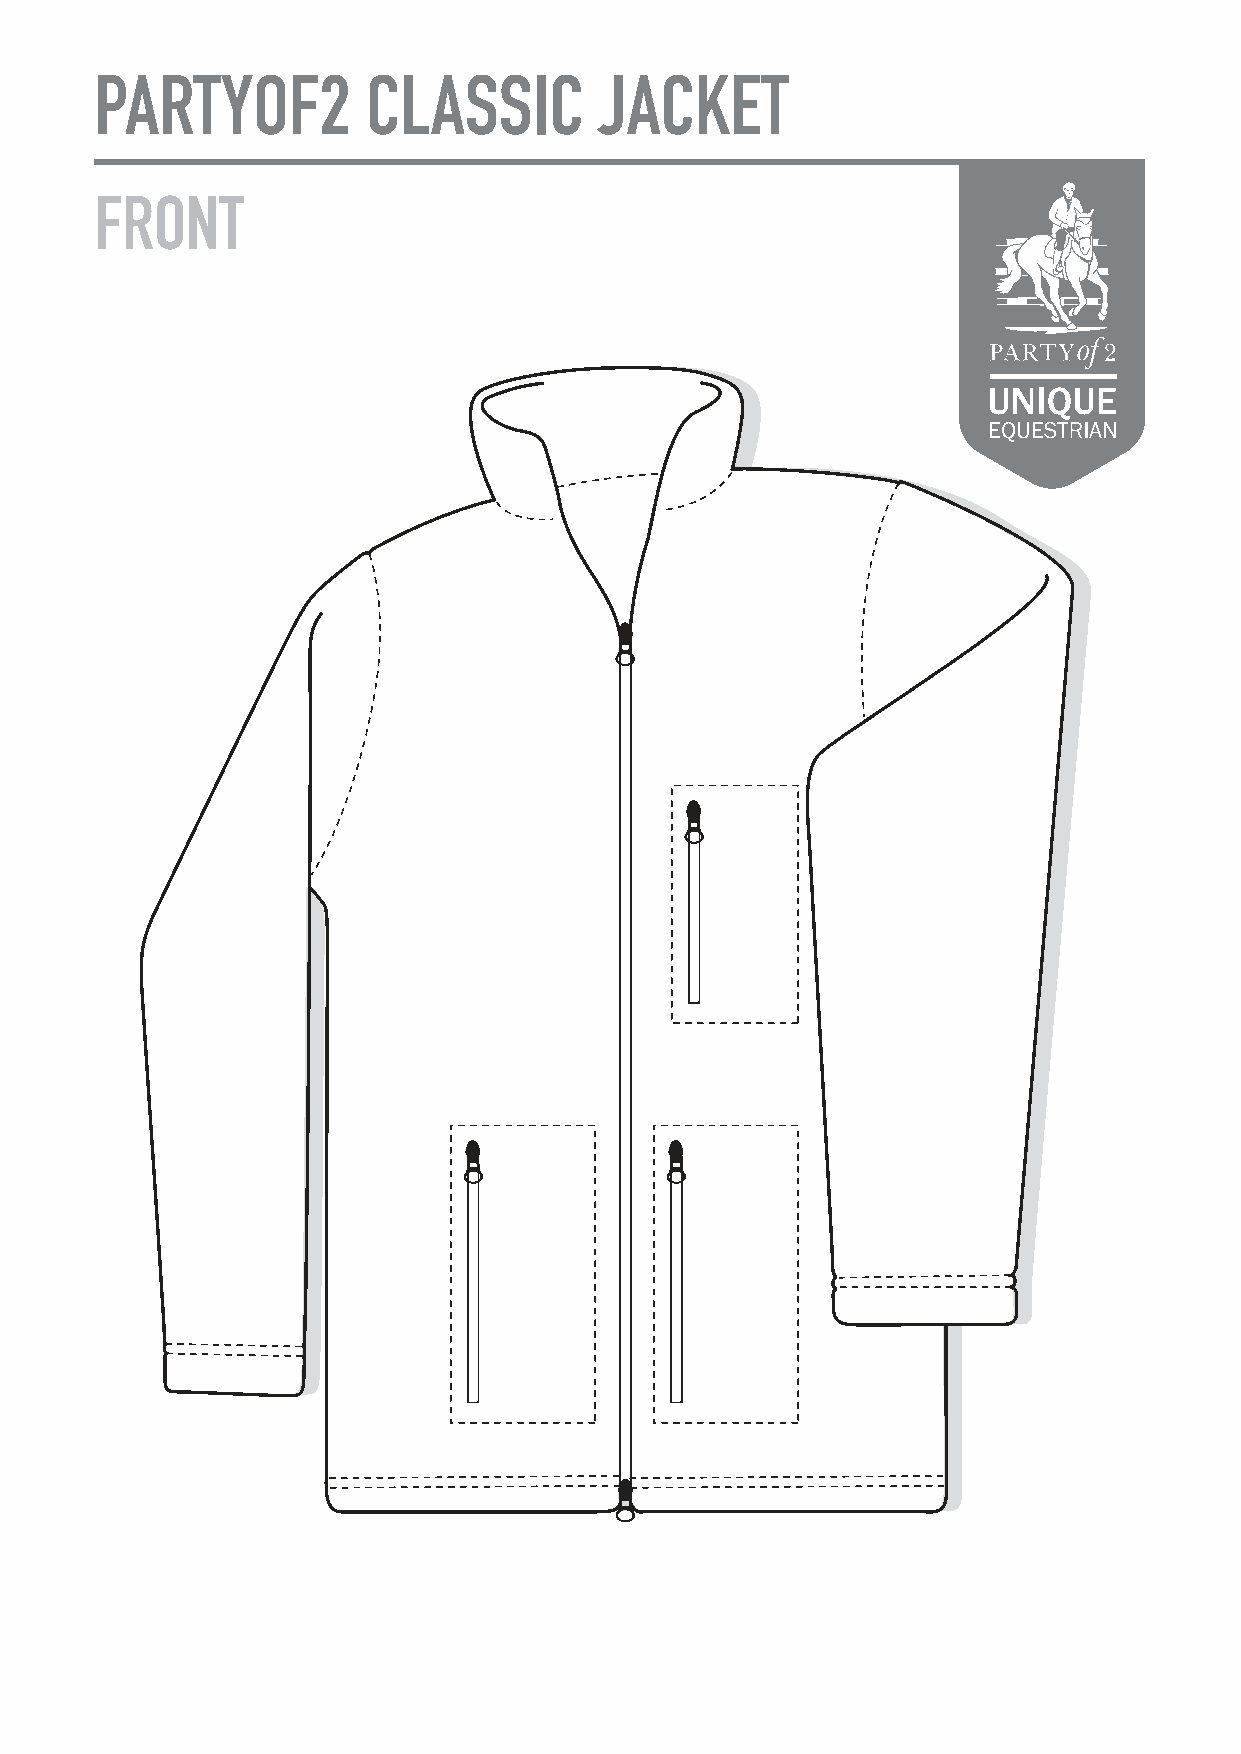
PARTYOF2          CLASSIC         JACKET
 FRONT